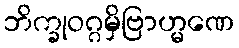
ဘိက္ခုဝဂ္ဂမှိဗြာဟ္မဏေ